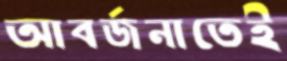
আবর্জনাতেই